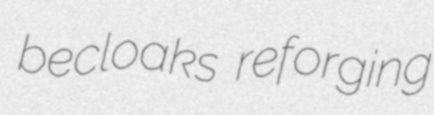
becloaks reforging